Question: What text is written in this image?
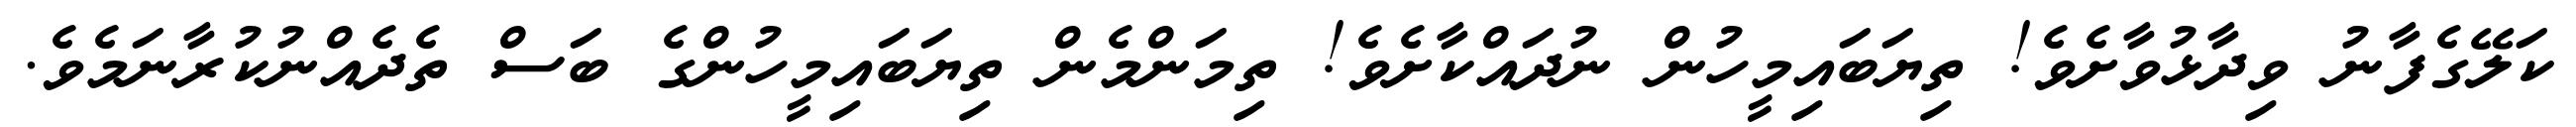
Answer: ކަލޭގެފާނު ވިދާޅުވާށެވެ! ތިޔަބައިމީހުން ނުދައްކާށެވެ! ތިމަންމެން ތިޔަބައިމީހުންގެ ބަސް ތެދެއްނުކުރާނަމެވެ.